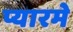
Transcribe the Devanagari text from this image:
प्यारमे